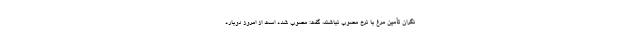
نگران تأمین مرغ با نرخ مصوب نباشند، گفت: مصوب شده است از امروز دوباره